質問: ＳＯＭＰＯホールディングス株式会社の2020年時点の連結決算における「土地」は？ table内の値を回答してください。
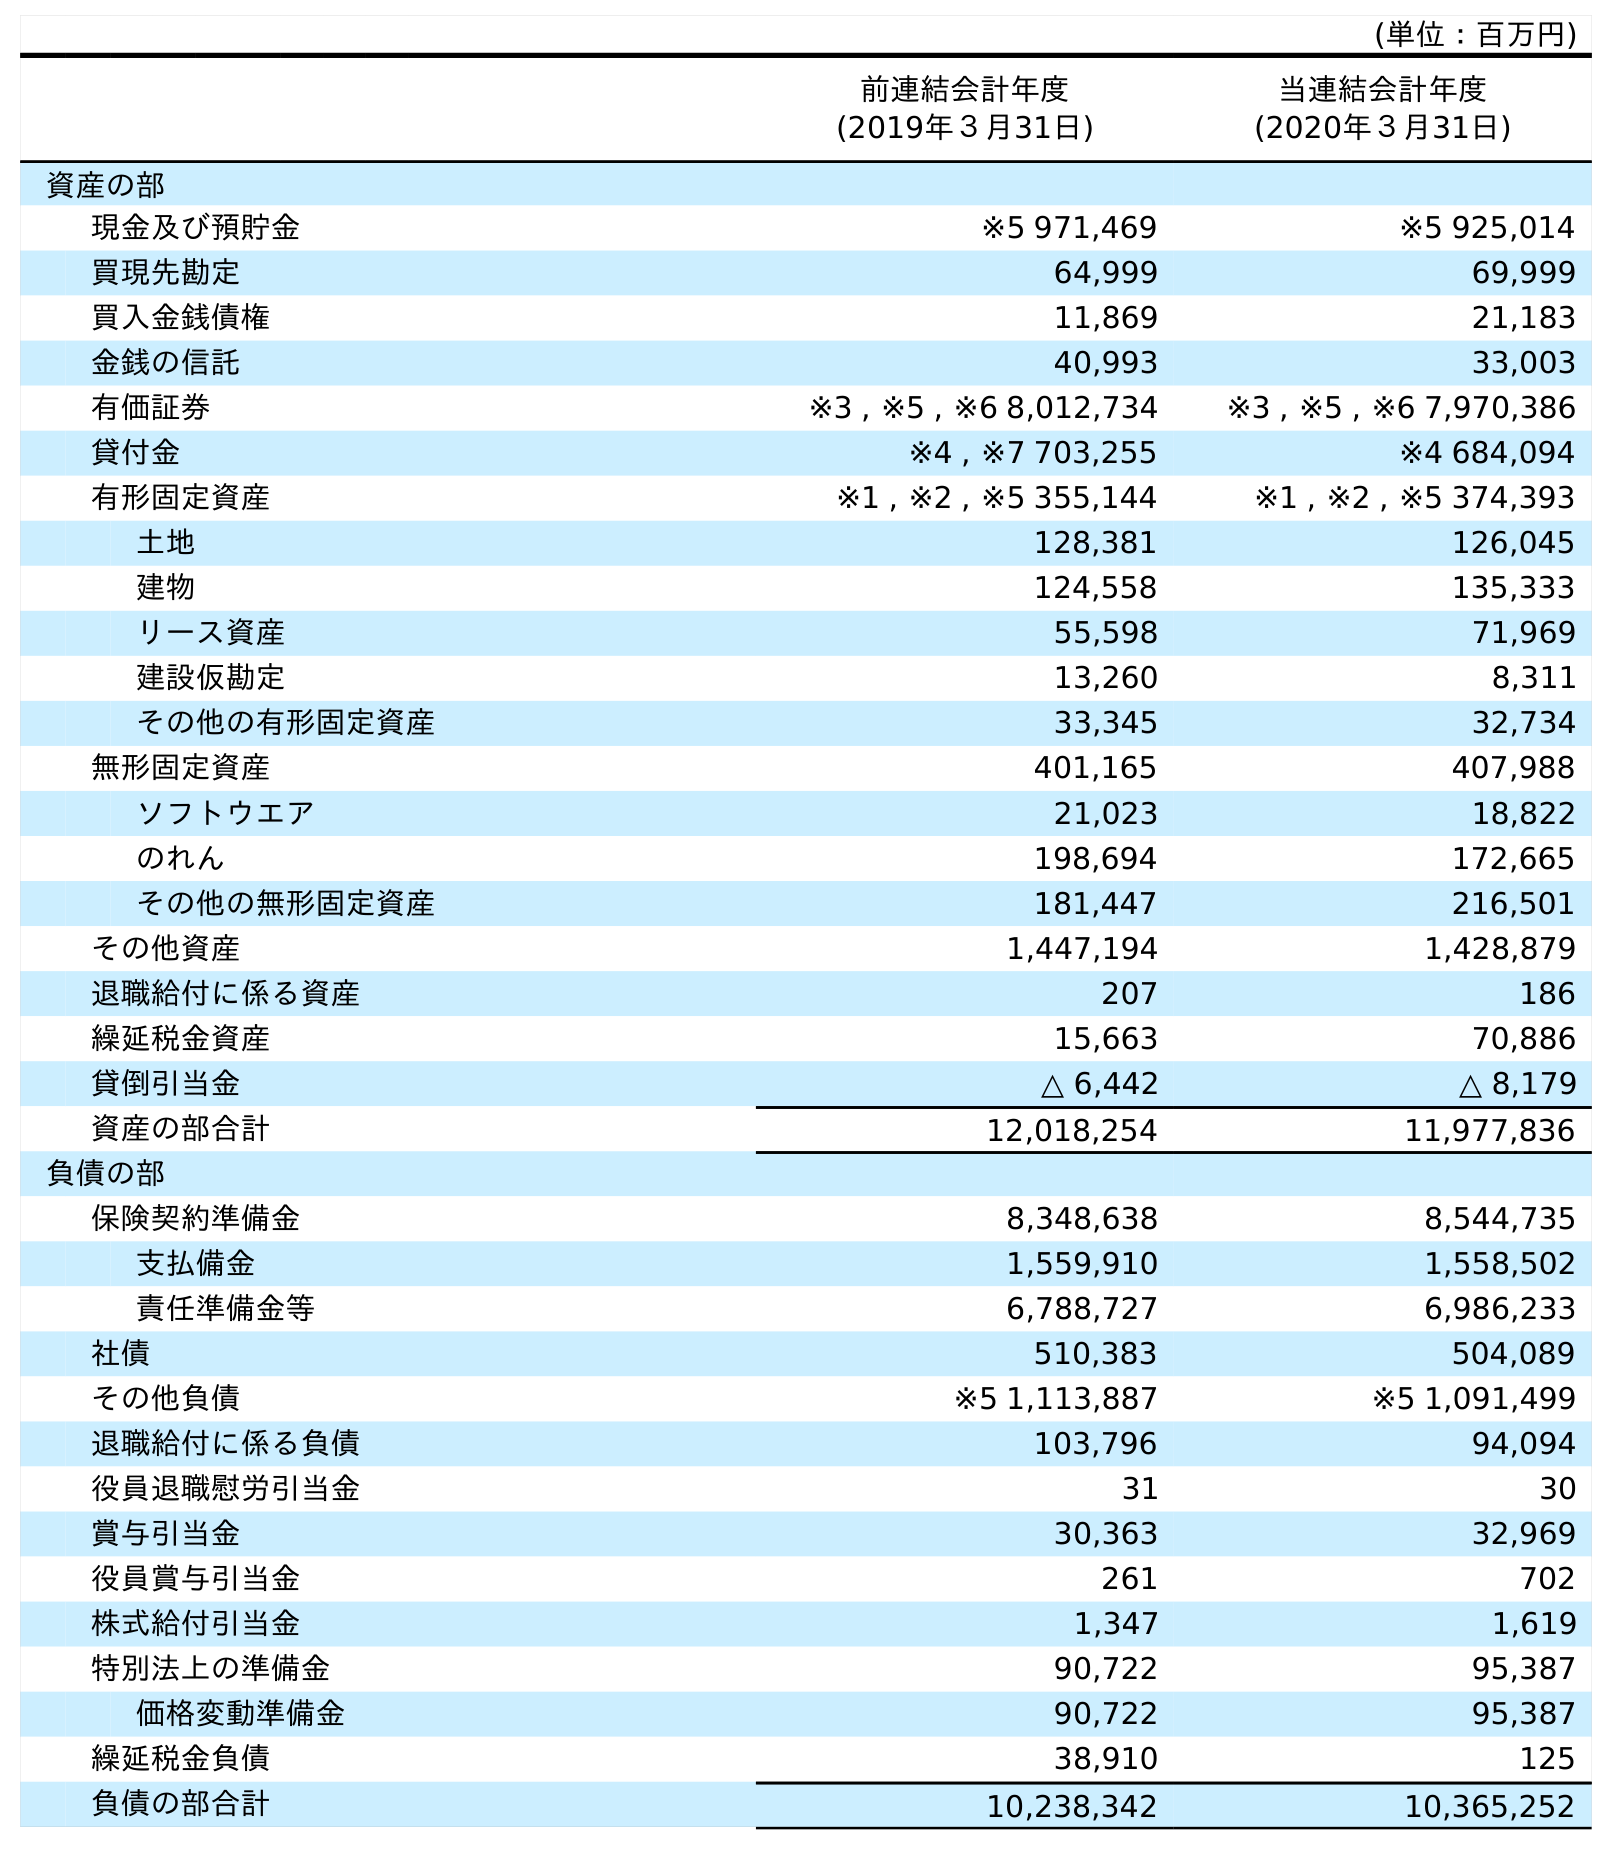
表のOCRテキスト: (単位：百万円) 前連結会計年度 (2019年３月31日) 当連結会計年度 (2020年３月31日) 資産の部 現金及び預貯金 ※5 971,469 ※5 925,014 買現先勘定 64,999 69,999 買入金銭債権 11,869 21,183 金銭の信託 40,993 33,003 有価証券 ※3 , ※5 , ※6 8,012,734 ※3 , ※5 , ※6 7,970,386 貸付金 ※4 , ※7 703,255 ※4 684,094 有形固定資産 ※1 , ※2 , ※5 355,144 ※1 , ※2 , ※5 374,393 土地 128,381 126,045 建物 124,558 135,333 リース資産 55,598 71,969 建設仮勘定 13,260 8,311 その他の有形固定資産 33,345 32,734 無形固定資産 401,165 407,988 ソフトウエア 21,023 18,822 のれん 198,694 172,665 その他の無形固定資産 181,447 216,501 その他資産 1,447,194 1,428,879 退職給付に係る資産 207 186 繰延税金資産 15,663 70,886 貸倒引当金 △ 6,442 △ 8,179 資産の部合計 12,018,254 11,977,836 負債の部 保険契約準備金 8,348,638 8,544,735 支払備金 1,559,910 1,558,502 責任準備金等 6,788,727 6,986,233 社債 510,383 504,089 その他負債 ※5 1,113,887 ※5 1,091,499 退職給付に係る負債 103,796 94,094 役員退職慰労引当金 31 30 賞与引当金 30,363 32,969 役員賞与引当金 261 702 株式給付引当金 1,347 1,619 特別法上の準備金 90,722 95,387 価格変動準備金 90,722 95,387 繰延税金負債 38,910 125 負債の部合計 10,238,342 10,365,252
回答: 126,045